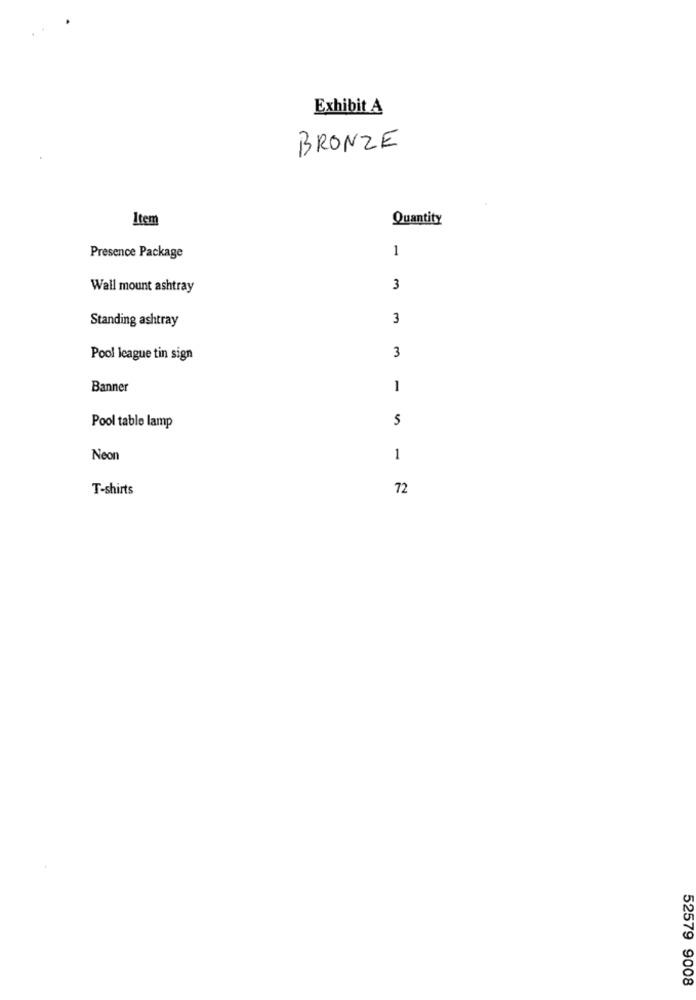
Exhibit A
BRONZE
Item
Quantity
1
Presence Package
Wall mount ashtray
3
Standing ashtray
3
3
Pool league tin sign
Banner
1
S
Pool table lamp
Neon
1
T-shirts
72
52579 9008